Scottish Leaving Certificate Examination, 1956
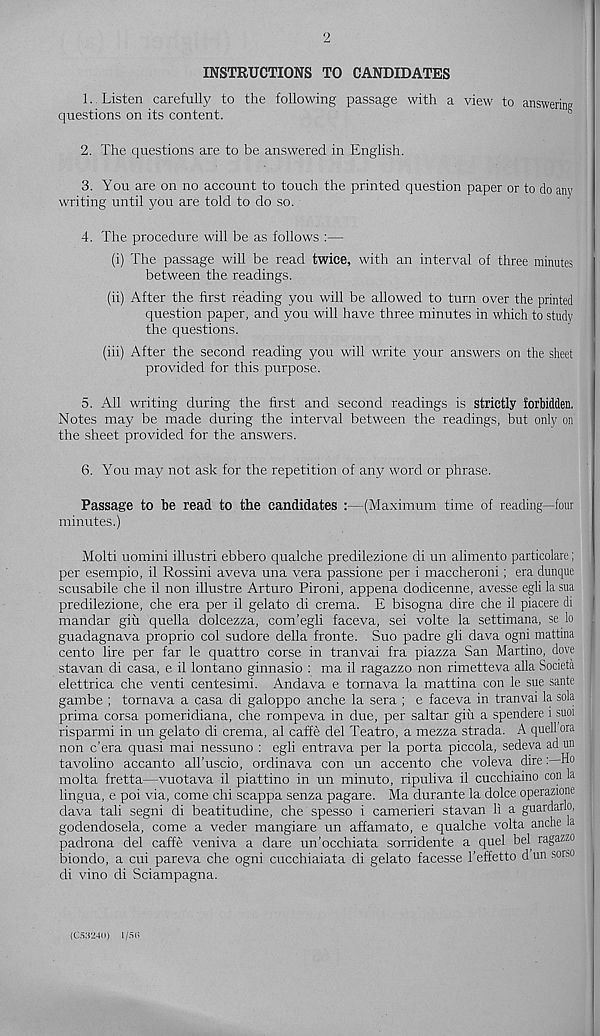
2
INSTRUCTIONS TO CANDIDATES
1.. Listen carefully to the following passage with a view to answering
questions on its content.
2. The questions are to be answered in English.
3. You are on no account to touch the printed question paper or to do any
writing until you are told to do so.
4. The procedure will be as follows :—
(i) The passage will be read twice, with an interval of three minutes
between the readings.
(ii) After the first reading you will be allowed to turn over the printed
question paper, and you will have three minutes in which to study
the questions.
(iii) After the second reading you will write your answers on the sheet
provided for this purpose.
5. All writing during the first and second readings is strictly forbidden,
Notes may be made during the interval between the readings, but only on
the sheet provided for the answers.
6. You may not ask for the repetition of any word or phrase.
Passage to be read to the candidates
minutes.)
-(Maximum time of reading—four
Molti uomini illustri ebbero qualche predilezione di un alimento particolare;
per esempio, il Rossini aveva una vera passione per i maccheroni; era dunque
scusabile che il non illustre Arturo Pironi, appena dodicenne, avesse egli lasua
predilezione, che era per il gelato di crema. E bisogna dire che il piacere di
mandar giu quella dolcezza, com’egli faceva, sei volte la settimana, se lo
guadagnava proprio col sudore della froute. Suo padre gli dava ogni mattina
cento lire per far le quattro corse in tranvai fra piazza San Martino, dove
stavan di casa, e il lontano ginnasio : ma il ragazzo non rimetteva alia Societa
elettrica che venti centesimi. Andava e tornava la mattina con le sue saute
gambe ; tornava a casa di galoppo anche la sera ; e faceva in tranvai la sola
prima corsa pomeridiana, che rompeva in due, per saltar giu a spendere i sum
risparmi in un gelato di crema, al caffe del Teatro, a mezza strada. A quell ora
non c’era quasi mai nessuno : egli entrava per la porta piccola, sedeva ad un
tavolino accanto all’uscio, ordinava con un accento che voleva direHo
molta fretta—vuotava il piattino in un minuto, ripuliva il cucchiaino con la
lingua, e poi via, come chi scappa senza pagare. Ma durante la dolce operazione
dava tali segni di beatitudine, che spesso i camerieri stavan 11 a guardarlo,
godendosela, come a veder mangiare un affamato, e qualche volta anche la
padrona del caffe veniva a dare un’occhiata sorridente a quel bel ragazzo
biondo, a cui pareva che ogni cucchiaiata di gelato facesse I’effetto d un sorso
di vino di Sciampagna.
(C5.’I24(I) 1/50